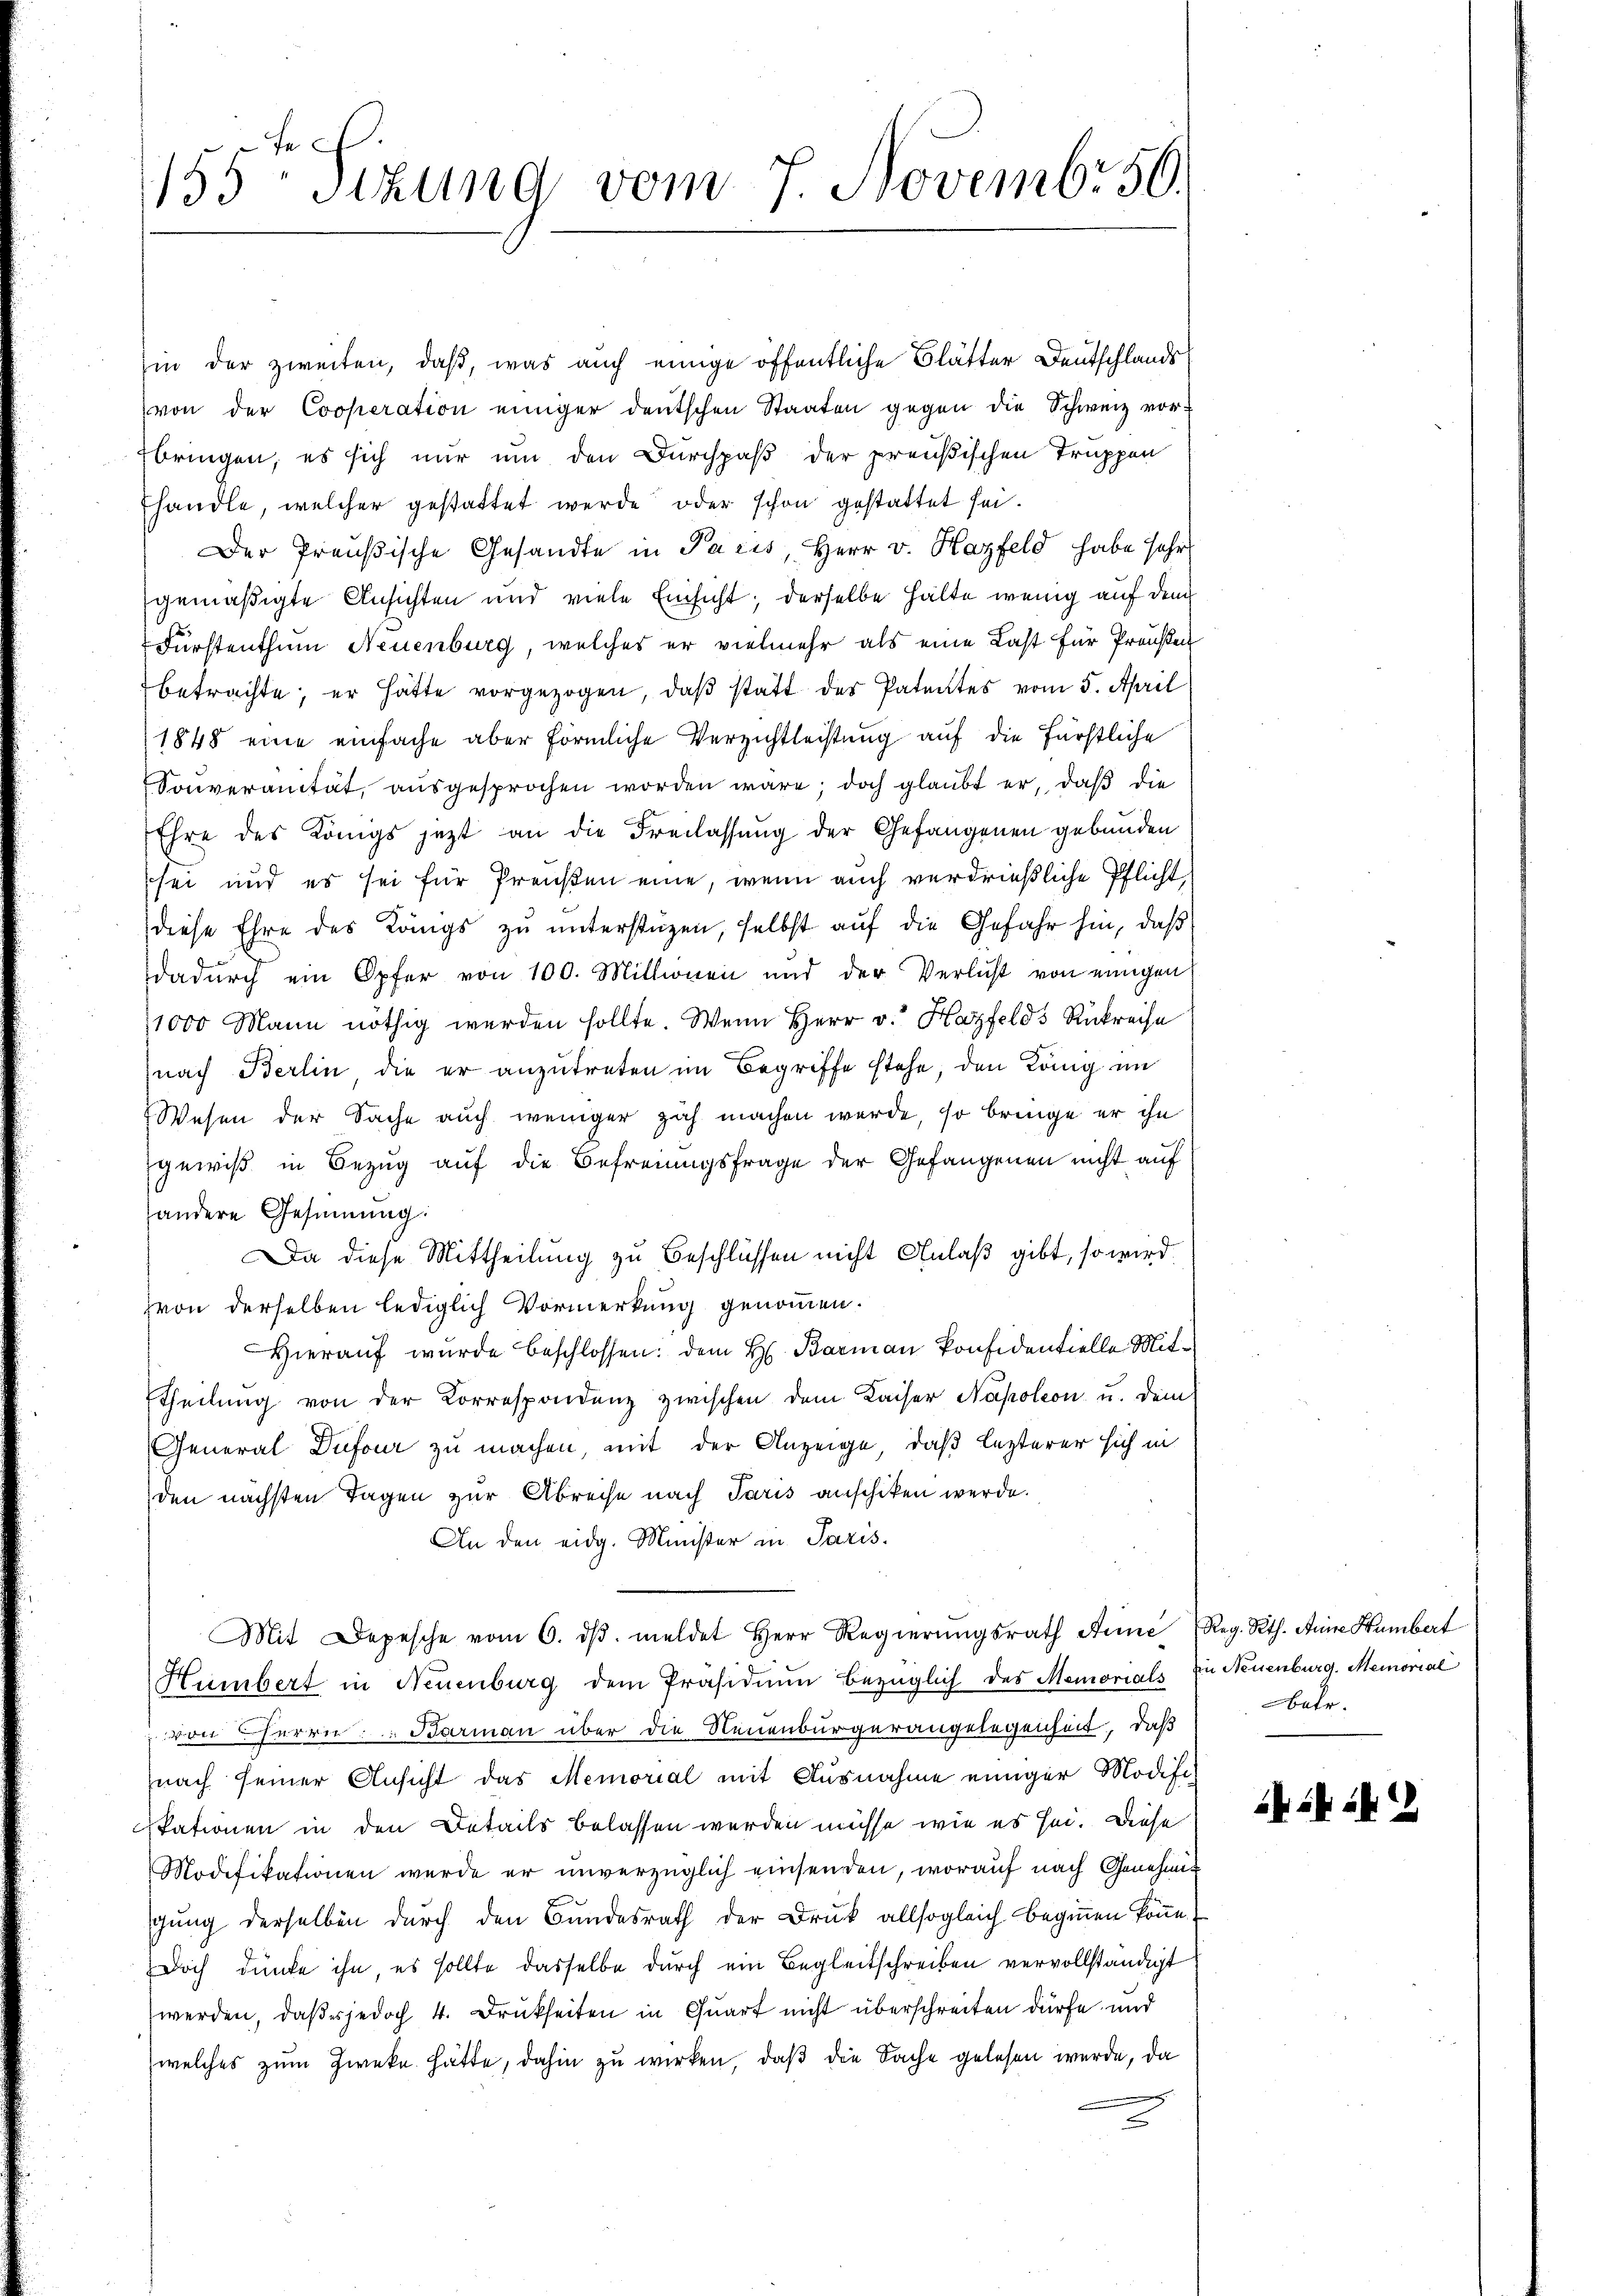
155ten Sizung vom 7. Novembr 50.

hin der zweiten, daß, was auch einige öffentliche Blätter Deutschlands
von der Cooperation einiger deutschen Staaten gegen die Schweiz vor-
bringen, es sich nur um den Durchpaß der preußischen Truppen
fhandle, welcher gestattet werde oder schon gestattet sei.
Der Preußische Gesandte in Paris, Herr v. Hazfeld habe sehr
gemäßigte Ansichten und viele Einsicht; derselbe halte wenig auf dem
Fürstenthum Neuenburg, welches er vielmehr als eine Last für Preußen
betrachte, er hätte vorgezogen, daß statt des Patentes vom 5. April
1848 eine einfache aber förmliche Verzichtleistung auf die fürstliche
Soŭveranität, aŭsgesprochen worden wäre; doch glaŭbt er, daβ die
Ehre des Königs jetzt an die Freilassung der Gefangenen gebunden
sei und es sei für Preußen eine, wenn auch verdrießliche Pflicht,
diese Ehre des Längs zu unterstüzen, selbst auf die Gefahr hin, daß
dadurch ein Opfer von 100. Millionen und der Verlust von einigen
1000 Mann nöthig werden sollte. Wenn Herr v. Hazfelds Rückreise
(nach Berlin die er anzutreten im Begriffe stehe, den König in
Wesen der Sache auch weniger zah machen werde, so bringe er ihn
gewiß in Bezug auf die Befreiungsfrage der Gefangenen nicht auf
handere Gesinnung:
Da diese Mittheilung zu Beschlüssen nicht Anlaß gibt, so wird
zvon derselben lediglich Vormerkung genommen.
Hierauf wurde beschlossen: dem H. Barmann konfidentielle Mit¬
Theilŭng von der Korrespondenz zwischen dem Kaiser Napoleon u. dein
General Dufour zu machen, mit der Anzeige, daß lezterer sich in
den nächsten Tagen zur Abreise nach Paris anschiken werde.
An den eidg. Minister in Paris.
Mit Depesche vom 6. dβ. meldet Herr Regierŭngsrath Seine Reg. Rth. Anine Humbert
Humbert in Neuenburg dem Präsidium bezüglich des Memorials in Neuenburg. Memorial
von Herrn: Barman über die Neuenburgerangelegenheit, daß
nach seiner Ansicht das Memorial mit Ausnahme einiger Modifi
skationen in den Details belassen werden müsse, wie es sei. Diese
Modifikationen wurde er unverzüglich einsenden, worauf nach Genehmig
gung derselben durch den Bundesrath der Druck allsogleich beginnen könn
Doch dunke ihn, es sollte dasselbe durch ein Begleitschreiben vervollständigt
werden, daß es jedoch 4. Drukheiten in Quart nicht überschreiten dürfe und
(welches zum Zwecke hätte, dahin zu wirken, daß die Sache gelesen wurde, da
.

betr.

24. 2